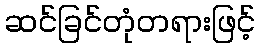
ဆင်ခြင်တုံတရားဖြင့်